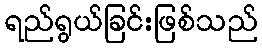
ရည်ရွယ်ခြင်းဖြစ်သည်